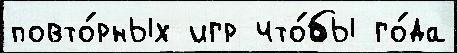
повто́рных игр что́бы го́да